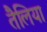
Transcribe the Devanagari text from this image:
तैलिया